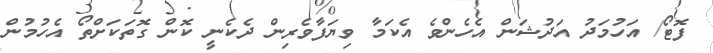
ފޮޓޯ/ އަހުމަދު އަދުޝަން އެހެންވެ އެކަމާ ވިޔަފާވެެރިން ދެެކެނީ ކޮން ގޮތަކަށްތޯ އެހުމުން